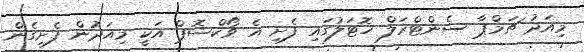
މިއަދު ޗަމްޕާ ސެންޓްރަލް ހޮޓަލުގައި ފެށި އެ ވޯކްޝޮޕް އަކީ މިއަދުން ފެށިގެން